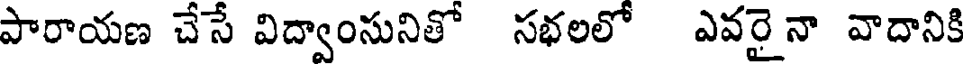
పారాయణ చేసే విద్వాంసునితో సభలలో ఎవరైనా వాదానికి